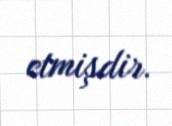
etmişdir.